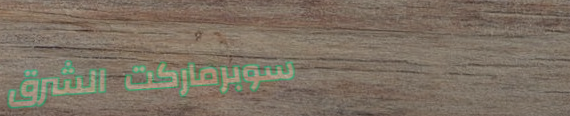
سوبرماركت الشرق